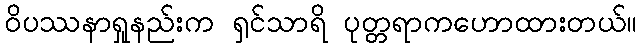
ဝိပဿနာရှုနည်းက ရှင်သာရိ ပုတ္တရာကဟောထားတယ်။